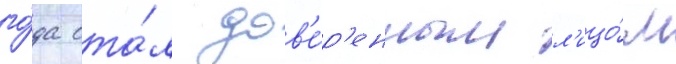
го́да ста́л дов'е́р'енным л'ицо́м